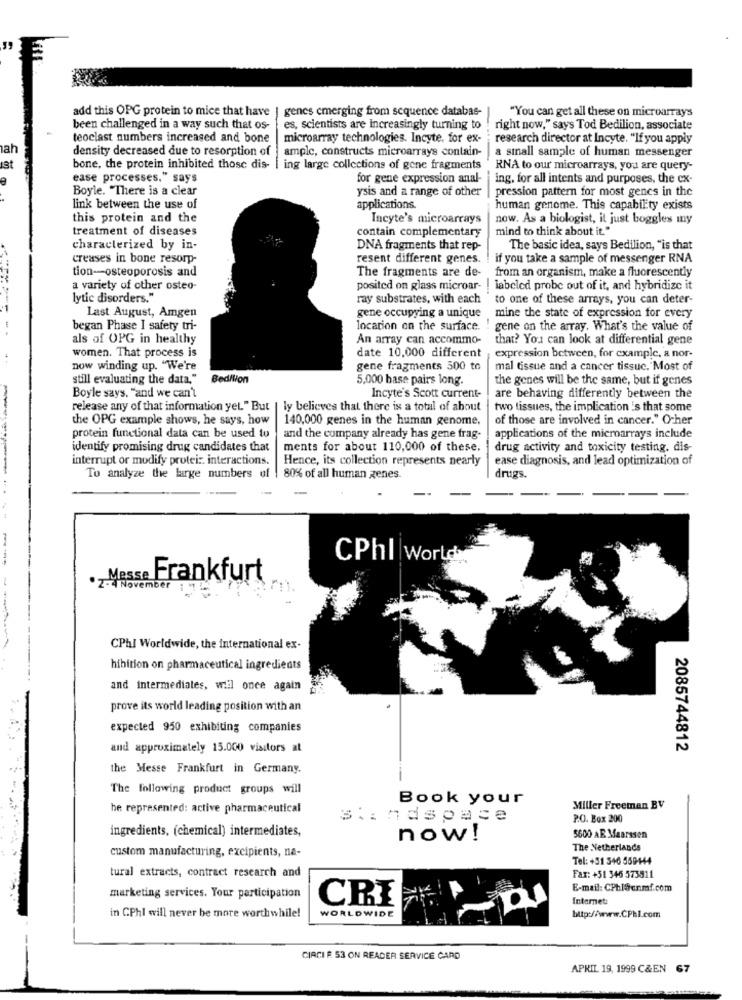
add this OPG protein to mice that have | genes emerging from sequence databas-
"You can get all these on microarrays
been challenged in a way such that os-
es, scientists are Increasingly turning to
right now," says Tod Bedilion, associate
teoclast numbers increased and bone
microarray technologies. Incyte, for ex-
research director at Incyte. "If you apply
ah
density decreased due to resorption of
ample, constructs microarrays contain-
a small sample of human messenger
st
bone, the protein inhibited those dis- | ing large collections of gene fragments
RNA to our microarrays, you are query-
ease processes," says
for gene expression anal-
ing. for all intents and purposes, the cx-
Boyle. "There is a clear
ysis and a range of other
pression pattern for most genes in the
link between the use of
applications.
human genome. This capability exists
this protein and the
Incyte's microarrays
now. As a biologist, it just boggles my
treatment of diseases
contain complementary
mind to think about it"
characterized by in-
DNA fragments that rep-
The basic idea, says Bedilion, "is that
creases in bone resorp-
resent different genes.
if you take a sample of messenger RNA
tion-osteoporosis and
The fragments are de-
from an organism, make a fluorescently
a variety of other osteo-
posited on glass microar-
! labeled probe out of it, and hybridize it
lytic disorders."
ray substrates, with each
to one of these arrays, you can deter-
Last August, Amgen
gene occupying a unique
mine the state of expression for every
began Phase I safety tri-
location on the surface.
gene on the array. What's the value of
als of OPG in healthy
An array can accommo-
that? You can look at differential gene
women. That process is
date 10,000 different
expression between, for example, a nor-
now winding up. "We're
gene fragments 500 to
mal tissue and a cancer tissuc. Most of
still evaluating the data."
Bediiion
5,000 base pairs long.
the genes will be the same, but if genes
Boyle says, "and we can't
Incyte's Scott current-
are behaving differently between the
release any of that information yel" But | ly believes that there is a total of about
two tissues, the implication is that some
the OPG example shows, he says, how
140,000 genes in the human genome,
of those are involved in cancer." Ocher
protein functional data can be used to
and the company already has gene frag-
applications of the microarrays include
identify promising drug candidates that
ments for about 110,000 of these.
drug activity and toxicity testing. dis-
interrupt or modify protei :: interactions.
Hence, its collection represents nearly
ease diagnosis, and lead optimization of
To analyze the large numbers of
80% of all human genes.
drugs.
---
CPhl World
·Messe Frankfurt
November
---
CPhl Worldwide, the international ex-
hibition on pharmaceutical ingredients
and intermediates, wil once again
prove its world leading position with an
expected 950 exhibiting companies
and approximately 15.000 visitors at
2085744812
the Messe Frankfurt in Germany.
The following product groups will
Book your
he represented: active pharmaceutical
Miller Freeman BV
P.O. Box 200
ingredients, (chemical) intermediates,
now!
5600 AE Maarssen
The Netherlands
custom manufacturing, excipients, na-
Tel: +31 346 569444
tural extracts, contract research and
Fax: +51 346 573511
E-mail: CPhl@crmf.com
marketing services. Your participation
CRI
Internet
in CPhI will never be more worthwhile!
WORLDWIDE
http://www.CPhl.com
CIRCI F 53 ON READER SERVICE CARD
APRIL 19, 1999 C&EN 67